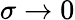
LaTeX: \sigma\rightarrow 0